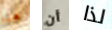
هنا أن لذا